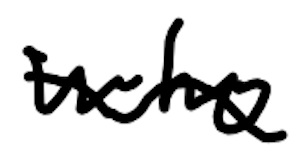
Text: who
Cross-out: wave
Writing tool: digital_black